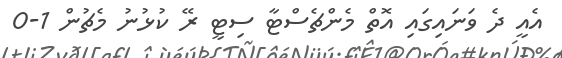
އެއީ ދެ ވަނައިގައި އޮތް މެންޗެސްޓާ ސިޓީ ރޭ ކުޅުނު މެޗުން 1-0